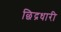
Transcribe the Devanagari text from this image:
छिद्रधारी